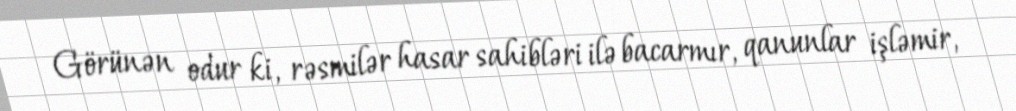
Görünən odur ki, rəsmilər hasar sahibləri ilə bacarmır, qanunlar işləmir,